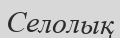
Селолық